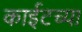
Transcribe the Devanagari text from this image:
काईटच्या